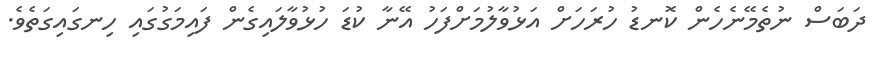
ދަބަސް ނުތެމޭނެހެން ކޮނޑު ހުރަހަށް އަޅުވާލުމަށްފަހު އޭނާ ކުޑަ ހުޅުވާލައިގެން ފައިމަގުގައި ހިނގައިގަތެވެ.